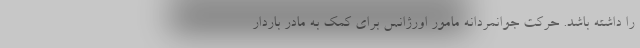
را داشته باشد. حرکت جوانمردانه مامور اورژانس برای کمک به مادر باردار